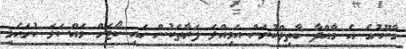
ގާނޫނުގެ އެ މާއްދާ ބާތިލްކުރަން އަމިއްލަ ފަރާތަކުން ހައި ކޯޓަށް މައްސަލަ ހުށަހެޅި